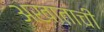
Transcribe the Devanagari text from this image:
अखाताची